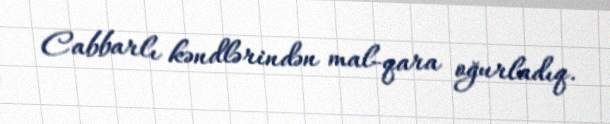
Cabbarlı kəndlərindən mal-qara oğurladıq.